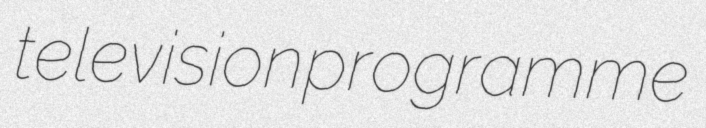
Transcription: television programme